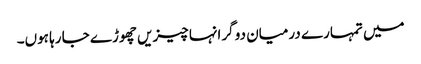
میں تمہارے درمیان دو گرانہا چیزیں چھوڑے جا رہا ہوں۔